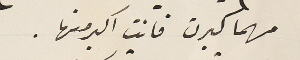
مهما كبرت فانت اكبر منها .